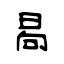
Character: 晑